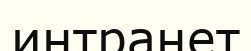
интранет